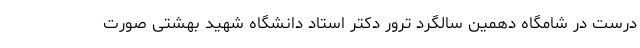
درست در شامگاه دهمین سالگرد ترور دکتر استاد دانشگاه شهید بهشتی صورت